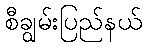
စီချွမ်းပြည်နယ်